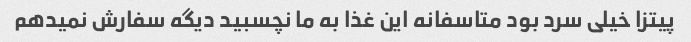
پیتزا خیلی سرد بود متاسفانه این غذا به ما نچسبید دیگه سفارش نمیدهم